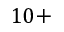
1 0 +